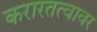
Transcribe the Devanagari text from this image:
करारतत्वावर